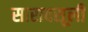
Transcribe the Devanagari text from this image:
सारावसूली